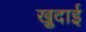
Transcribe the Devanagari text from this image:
खु़दाई